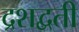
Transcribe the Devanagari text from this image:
द्रशद्वती